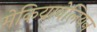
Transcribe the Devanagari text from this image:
मेकियावेलियन